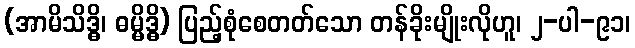
(အာမိသိဒ္ဓိ၊ ဓမ္မိဒ္ဓိ) ပြည့်စုံစေတတ်သော တန်ခိုးမျိုးလိုဟူ၊ ၂-ပါ-၉၁၊